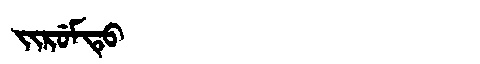
Manchu: ᠵᡳᡵᡠᠮᡨᡠ
Romanization: JIRUMTU